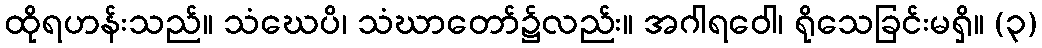
ထိုရဟန်းသည်။ သံဃေပိ၊ သံဃာတော်၌လည်း။ အဂါရဝေါ၊ ရိုသေခြင်းမရှိ။ (၃)